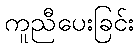
ကူညီပေးခြင်း